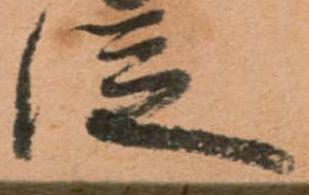
従